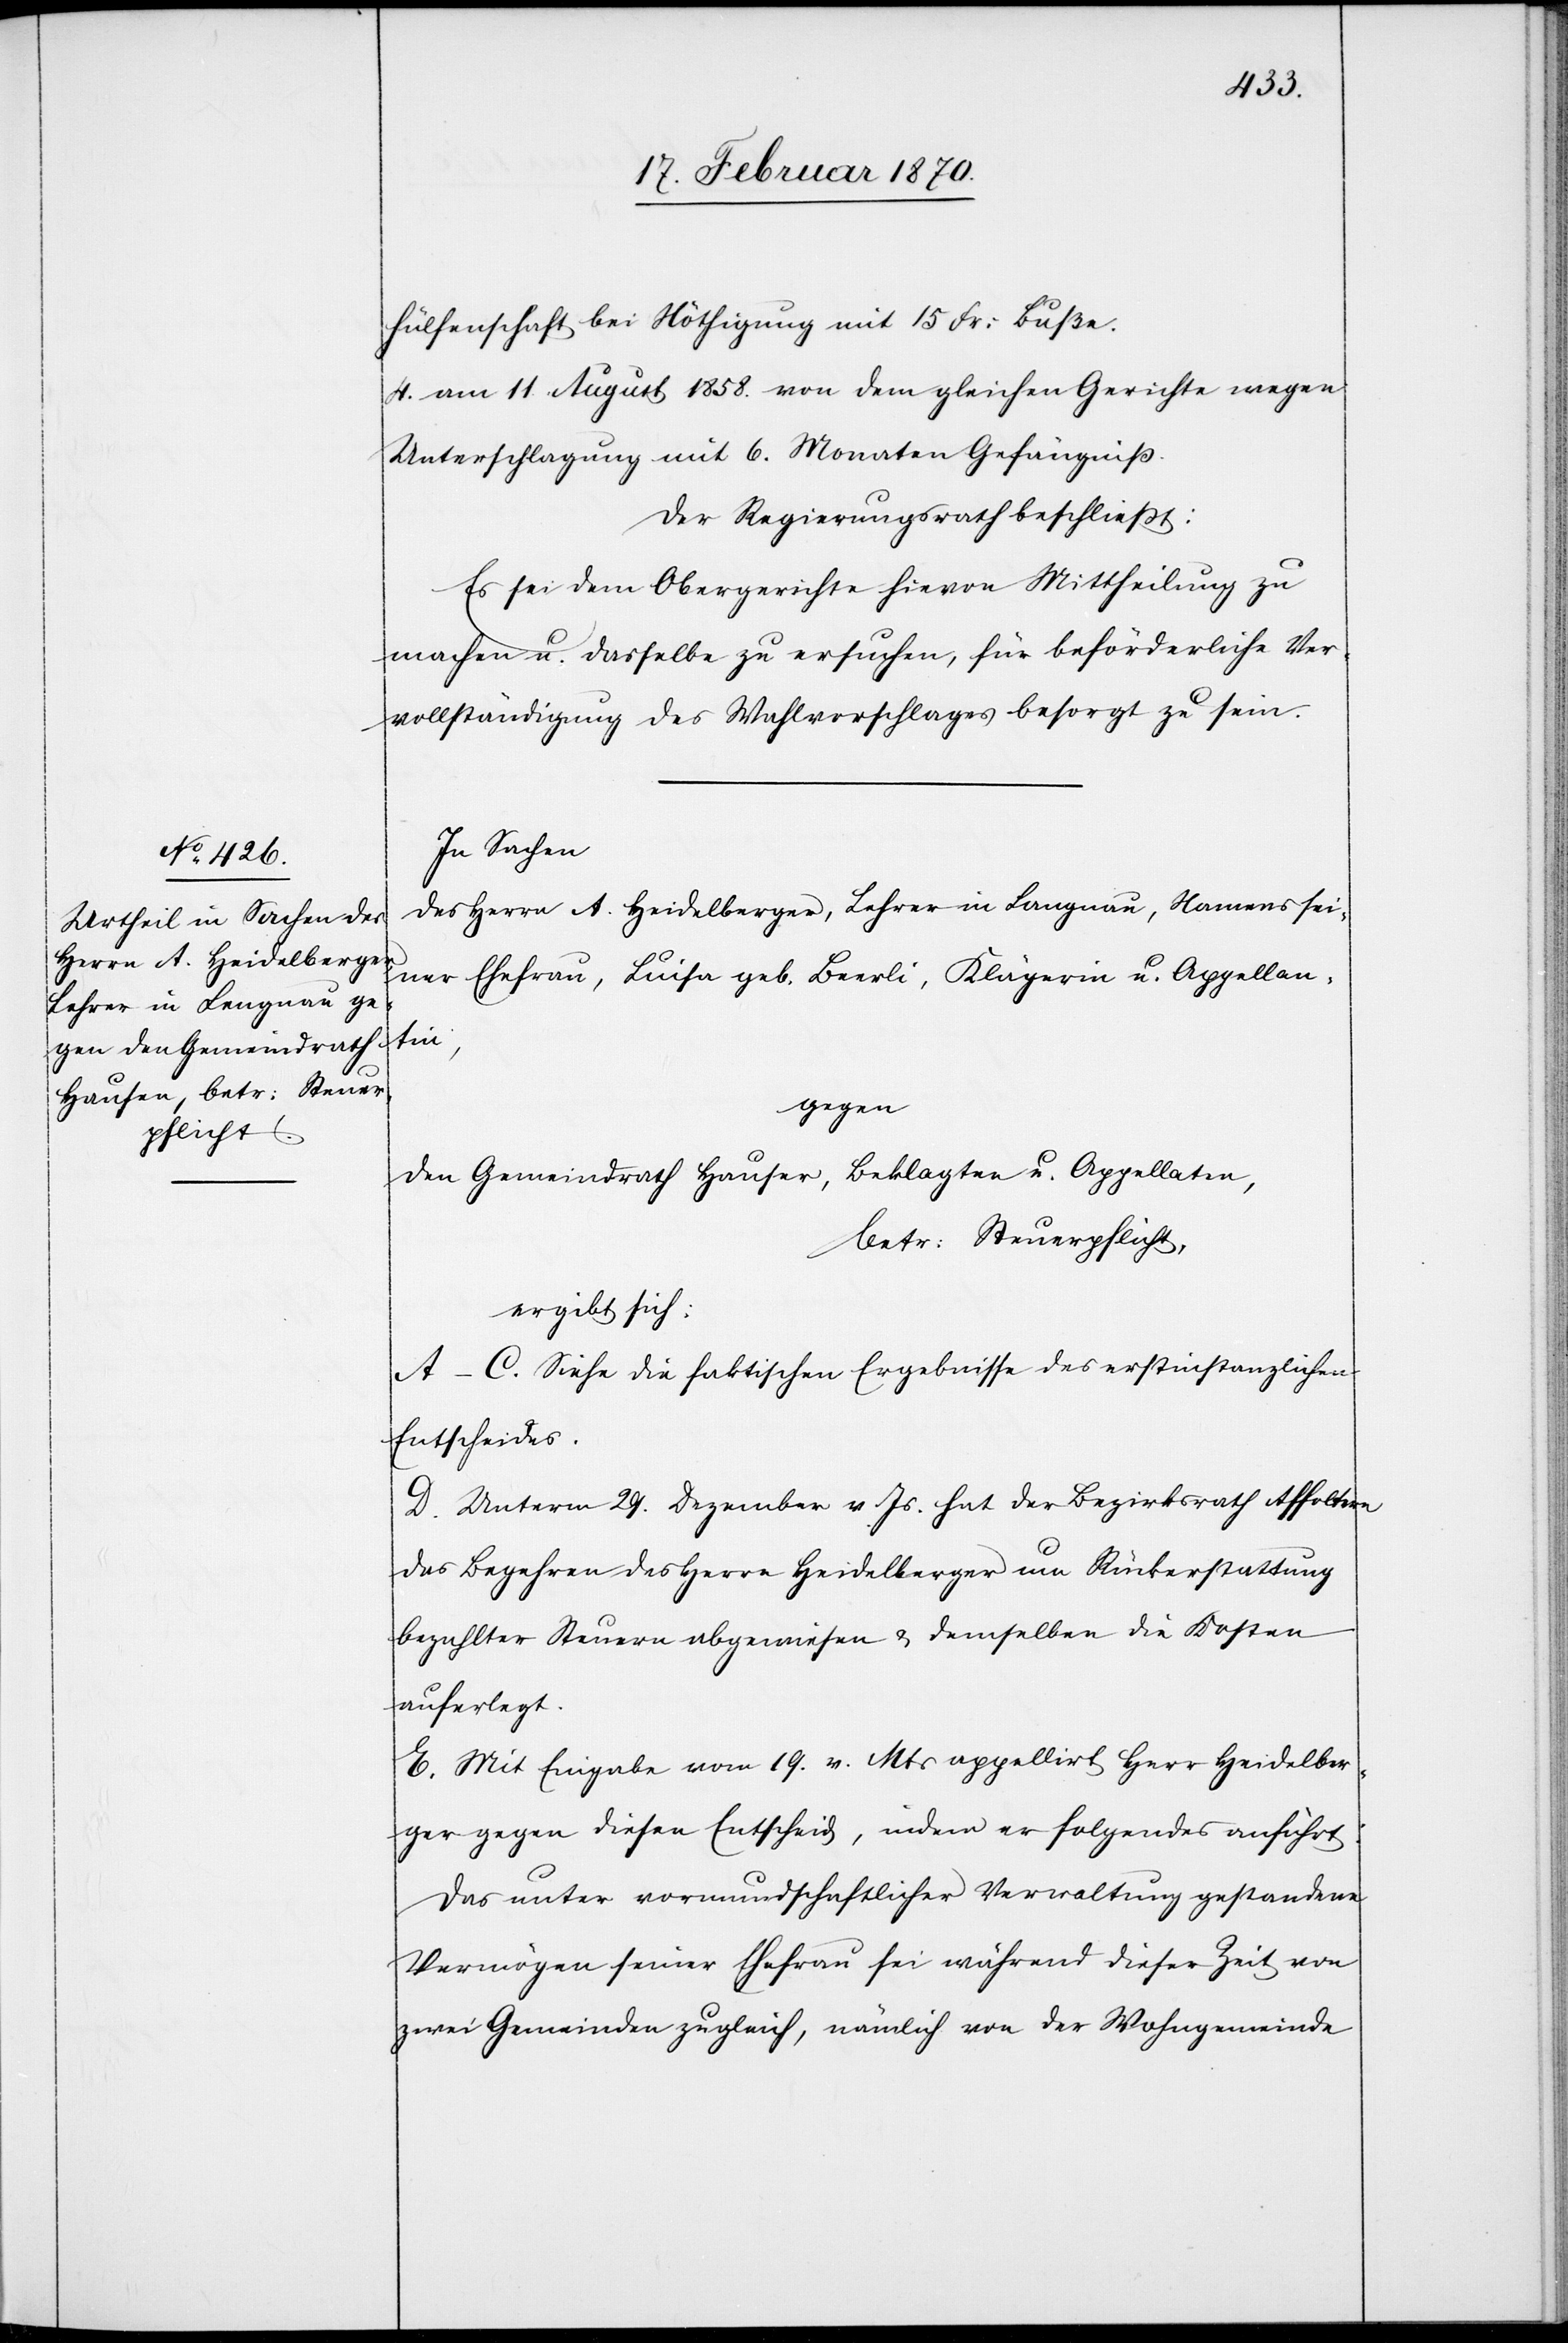
hülfenschaft bei Nöthigung mit 15 Fr: Busse.
4. am 11. August 1858. von dem gleichen Gerichte wegen
Unterschlagung mit 6. Monaten Gefängniss.
Der Regierungsrath beschliesst:
Es sei dem Obergerichte hievon Mittheilung zu
machen u. dasselbe zu ersuchen, für beförderliche Ver¬
vollständigung des Wahlvorschlages besorgt zu sein.
In Sachen
des Herrn A. Heidelberger, Lehrer in Langnau [sic!], Namens sei¬
ner Ehefrau, Luisa geb. Beerli, Klägerin u. Appellan¬
tin,
gegen
den Gemeindrath Hauser [sic!], Beklagten u. Appellaten,
betr: Steuerpflicht,
ergibt sich:
A.–C. Siehe die faktischen Ergebnisse des erstinstanzlichen
Entscheides.
D. Unterm 29. Dezember v. Js. hat der Bezirksrath Affoltern
das Begehren des Herrn Heidelberger um Rückerstattung
bezahlter Steuern abgewiesen u. demselben die Kosten
auferlegt.
E. Mit Eingabe vom 19. v. Mts appellirt Herr Heidelber¬
ger gegen diesen Entscheid, indem er folgendes anführt:
Das unter vormundschaftlicher Verwaltung gestandene
Vermögen seiner Ehefrau sei während dieser Zeit von
zwei Gemeinden zugleich, nämlich von der Wohngemeinde